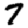
Digit: 7